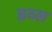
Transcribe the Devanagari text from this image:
डब्स